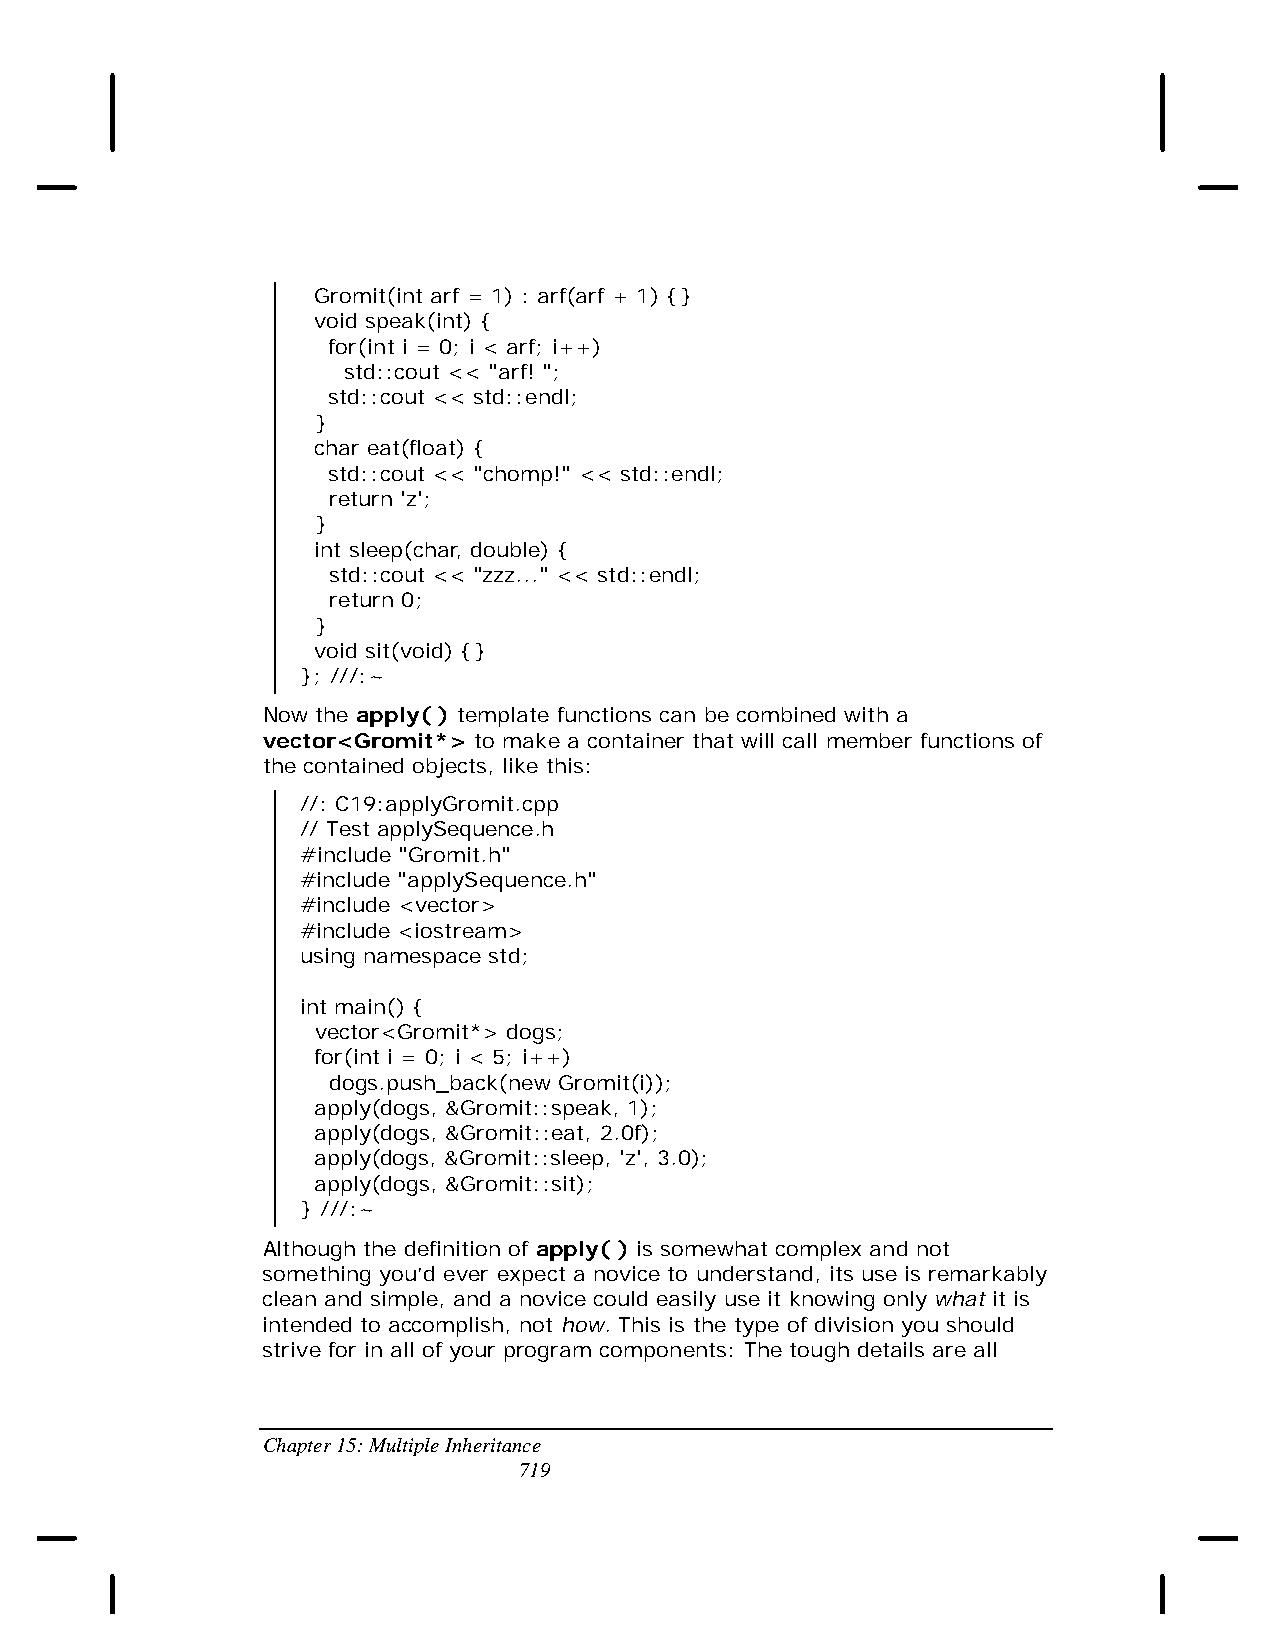
Gromit(int arf = 1) : arf(arf + 1) {}
 void speak(int) {
 for(int i = 0; i < arf; i++)
 std::cout << "arf! ";
 std::cout << std::endl;
 }
 char eat(float) {
 std::cout << "chomp!" << std::endl;
 return 'z';
 }
 int sleep(char, double) {
 std::cout << "zzz..." << std::endl;
 return 0;
 }
 void sit(void) {}
 }; ///:~
 Now the apply( ) template functions can be combined with a
 vector<Gromit*> to make a container that will call member functions of
 the contained objects, like this:
 //: C19:applyGromit.cpp
 // Test applySequence.h
 #include "Gromit.h"
 #include "applySequence.h"
 #include <vector>
 #include <iostream>
 using namespace std;
 int main() {
 vector<Gromit*> dogs;
 for(int i = 0; i < 5; i++)
 dogs.push_back(new Gromit(i));
 apply(dogs, &Gromit::speak, 1);
 apply(dogs, &Gromit::eat, 2.0f);
 apply(dogs, &Gromit::sleep, 'z', 3.0);
 apply(dogs, &Gromit::sit);
 } ///:~
 Although the definition of apply( ) is somewhat complex and not
 something you’d ever expect a novice to understand, its use is remarkably
 clean and simple, and a novice could easily use it knowing only what it is
 intended to accomplish, not how. This is the type of division you should
 strive for in all of your program components: The tough details are all
 Chapter 15: Multiple Inheritance
 719